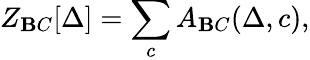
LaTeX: Z_{\mathbf{B}C}[\Delta]=\sum_{c}A_{\mathbf{B}C}(\Delta,c),